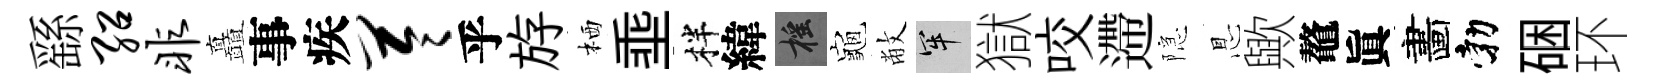
繇绍非矗事疾苓乎斿栖埀柈緯摇龜敝牢獄咬遰隠㤙歟鼇眞畵勃硱环